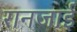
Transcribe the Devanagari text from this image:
रानजाई